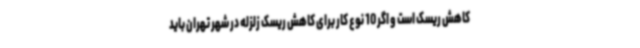
کاهش ریسک است و اگر 10 نوع کار برای کاهش ریسک زلزله در شهر تهران باید